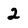
Character: 2